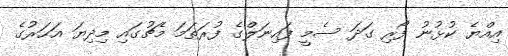
އިއްޔެ ކުޅުނު ފޯރި ގަދަ ސެމީ ފައިނަލްގެ ފުރަތަމަ މެޗުގައި މިދިޔަ އަހަރުގެ